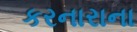
કરનારાના